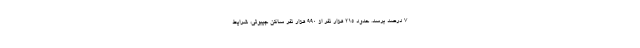
7 درصد برسد. حدود 215 هزار نفر از 990 هزار نفر ساکن جیبوتی، شرایط